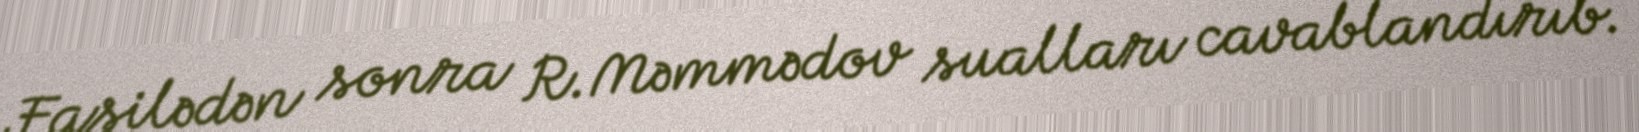
Fasilədən sonra R.Məmmədov sualları cavablandırıb.